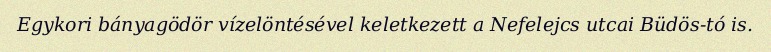
Egykori bányagödör vízelöntésével keletkezett a Nefelejcs utcai Büdös-tó is.